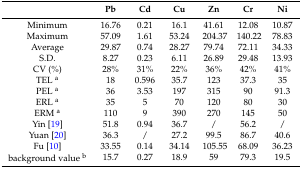
|  | Pb | Cd | Cu | Zn | Cr | Ni |
 | --- | --- | --- | --- | --- | --- | --- |
 | Minimum | 16.76 | 0.21 | 16.1 | 41.61 | 12.08 | 10.87 |
 | Maximum | 57.09 | 1.61 | 53.24 | 204.37 | 140.22 | 78.83 |
 | Average | 29.87 | 0.74 | 28.27 | 79.74 | 72.11 | 34.33 |
 | S.D. | 8.27 | 0.23 | 6.11 | 26.89 | 29.48 | 13.93 |
 | CV (%) | 28% | 31% | 22% | 36% | 42% | 41% |
 | TEL a | 18 | 0.596 | 35.7 | 123 | 37.3 | 35 |
 | PEL a | 36 | 3.53 | 197 | 315 | 90 | 91.3 |
 | ERL a | 35 | 5 | 70 | 120 | 80 | 30 |
 | ERM a | 110 | 9 | 390 | 270 | 145 | 50 |
 | Yin [19] | 51.8 | 0.94 | 36.7 | / | 56.2 | / |
 | Yuan [20] | 36.3 | / | 27.2 | 99.5 | 86.7 | 40.6 |
 | Fu [10] | 33.55 | 0.14 | 34.14 | 105.55 | 68.09 | 36.23 |
 | background value b | 15.7 | 0.27 | 18.9 | 59 | 79.3 | 19.5 |